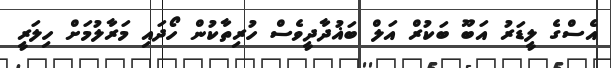
އެސްގެ ލީޑަރު އަބޫ ބަކުރް އަލް ބަޣުދާދީވެސް ހުރިތާކުން ހޯދައި މަރާލުމަށް ހިލަރީ